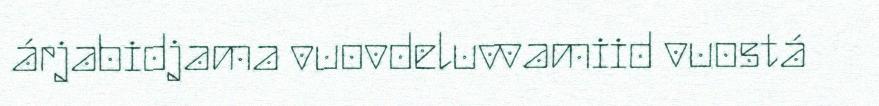
árjabidjama vuovdeluvvamiid vuostá